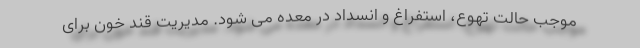
موجب حالت تهوع، استفراغ و انسداد در معده می شود. مدیریت قند خون برای